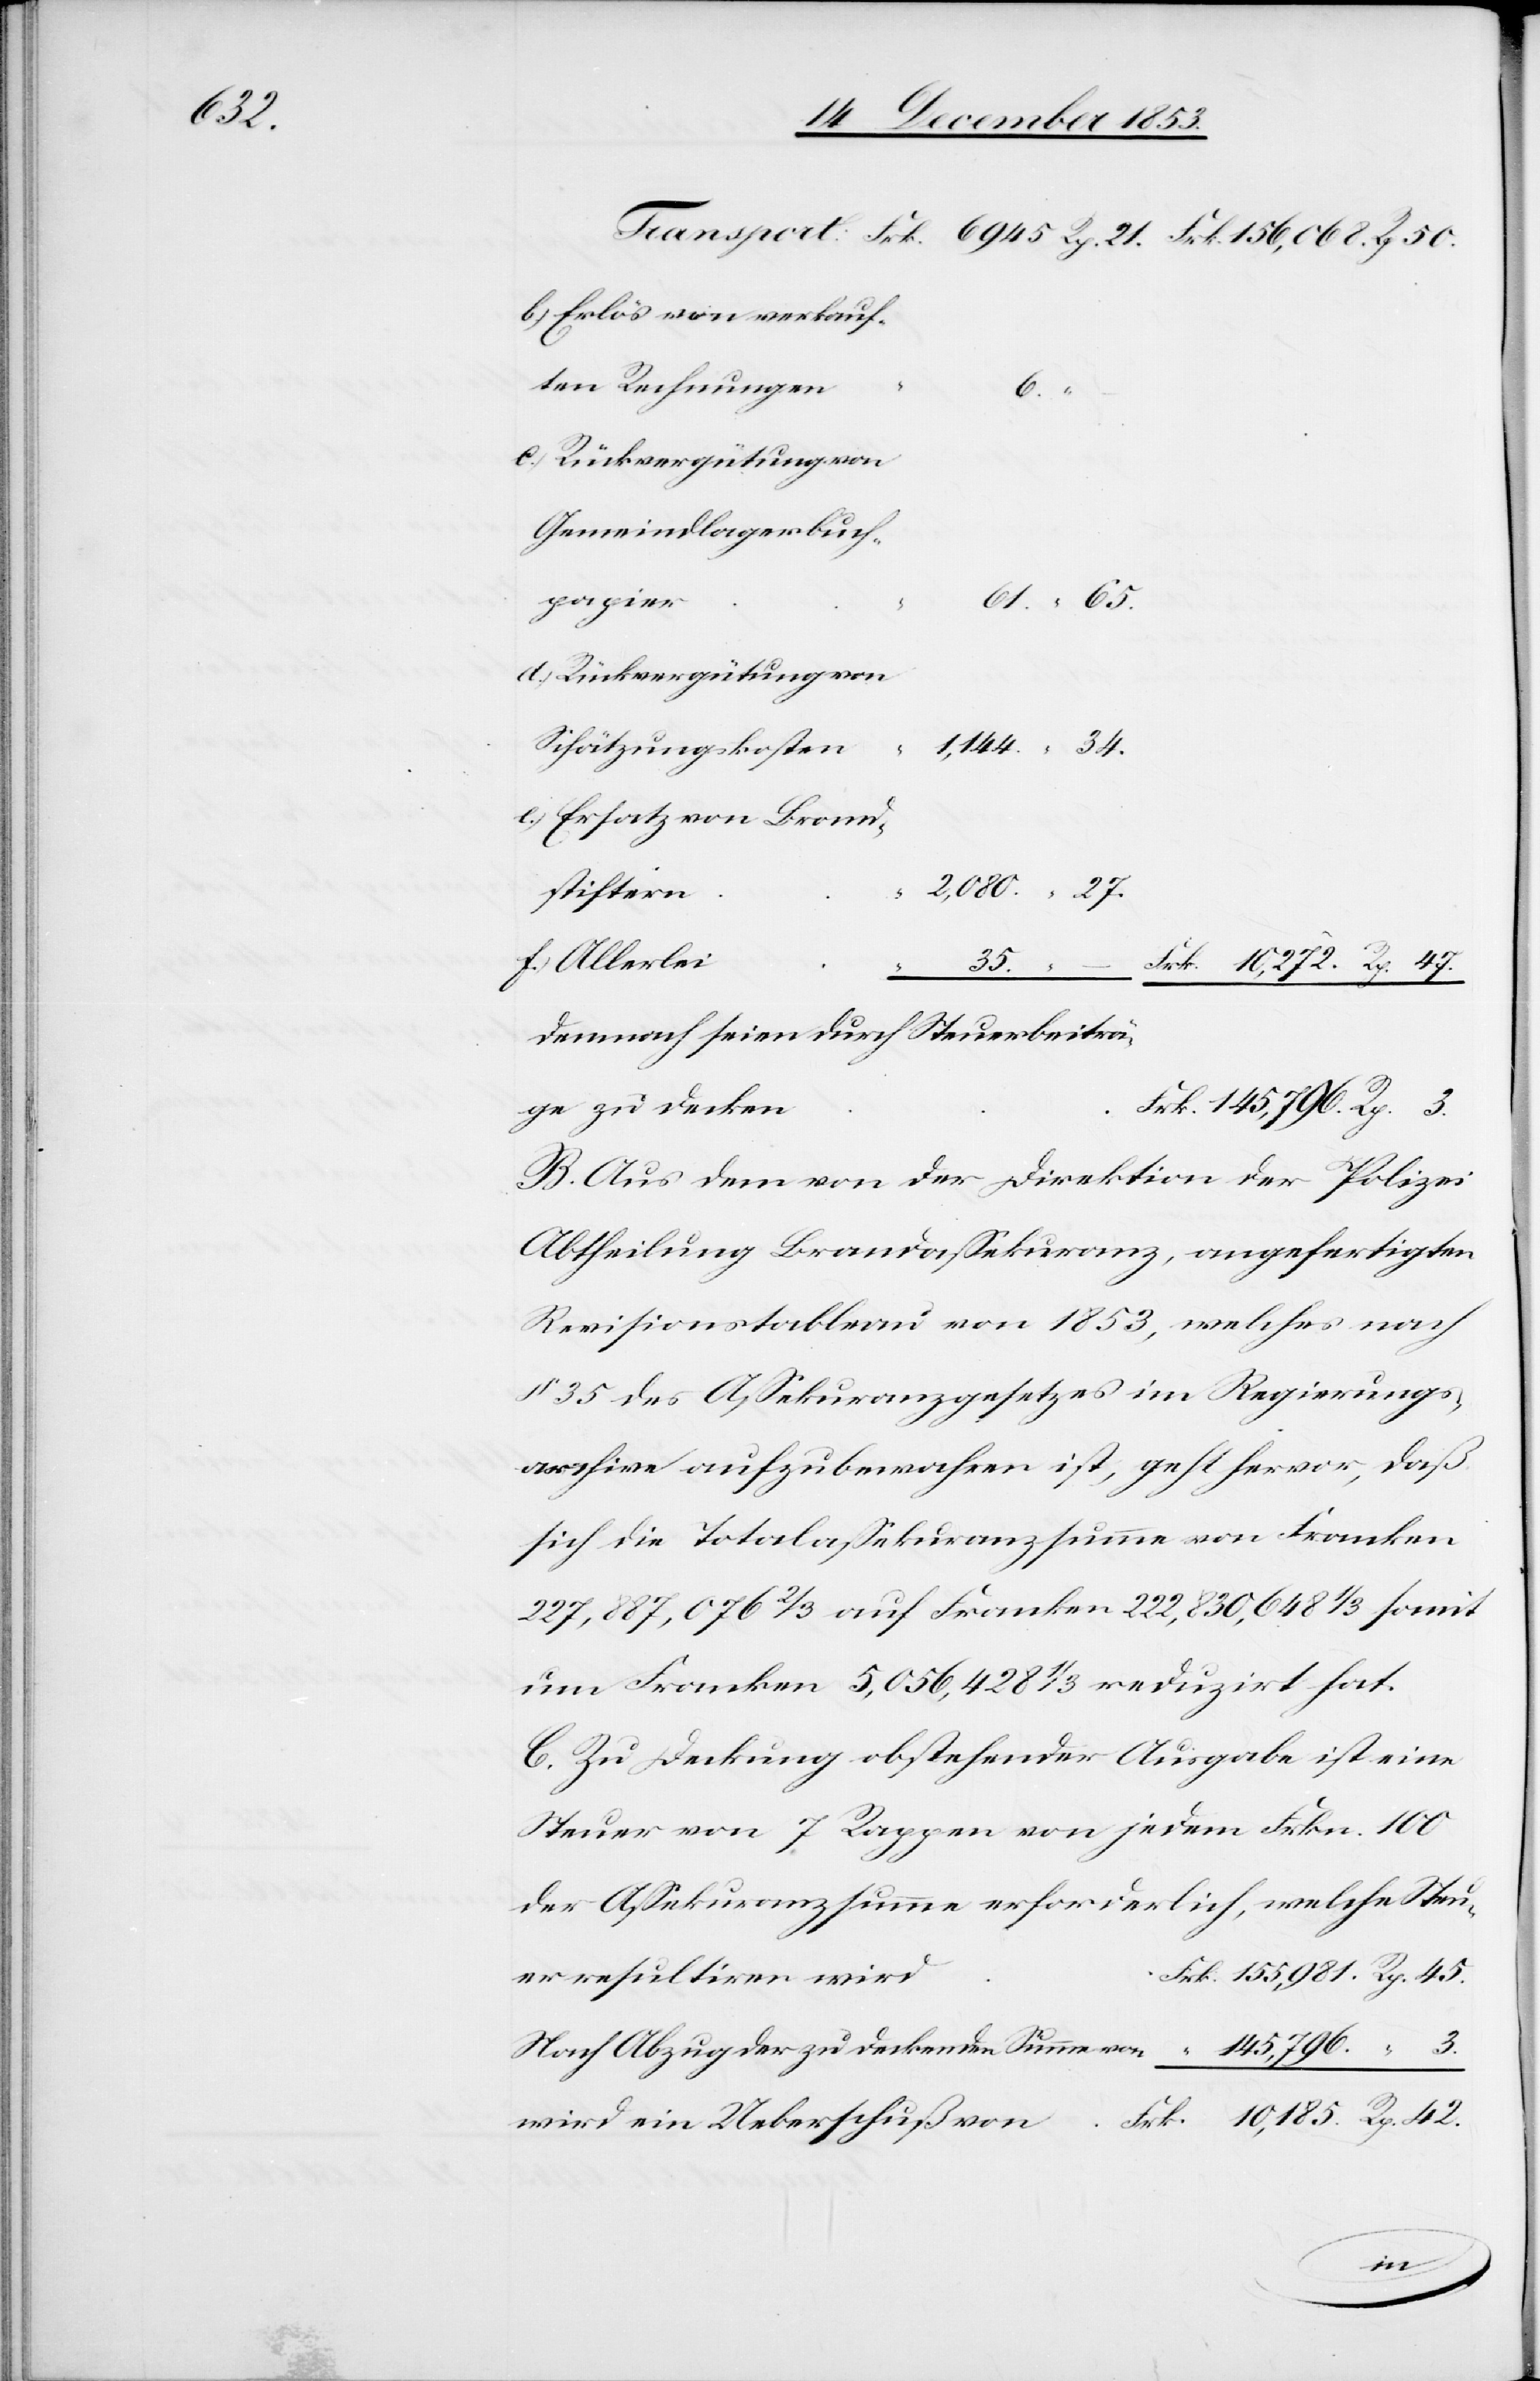
10,185.

b) Erlös von verkauf¬
c) Rückvergütung von
Gemeindlagerbuch¬
papie¬
61. “ 65.
d) Rückvergütung von
35. “ –	Frk. 10,272. Rp. 47.
d		F¬
Demnach seien durch Steuerbeiträ¬
ge zu decke¬
rk. 145,796. Rp. 3.
B. Aus dem von der Direktion der Polizei
Abtheilung Brandaßekuranz, angefertigten
Revisionstableau von 1853, welches nach
§ 35 des Aßekuranzgesetzes im Regierungs¬
archive aufzubewahren ist, geht hervor, daß
sich die Totalaßekuranzsumme von Franken
227,887,076 2/3 auf Franken 222,830,648 1/3 somit
um Franken 5,056,428 1/3 reduzirt hat.
C. Zu Deckung obstehender Ausgabe ist eine
Steuer von 7 Rappen von jedem Frkn. 100
der Aßekuranzsumme erforderlich, welche Steu¬
rk. 155,981 Rp. 45.
er resultiren wir¬
Nach Abzug der zu deckenden Summe
wird ein Ueberschuß
42.
von